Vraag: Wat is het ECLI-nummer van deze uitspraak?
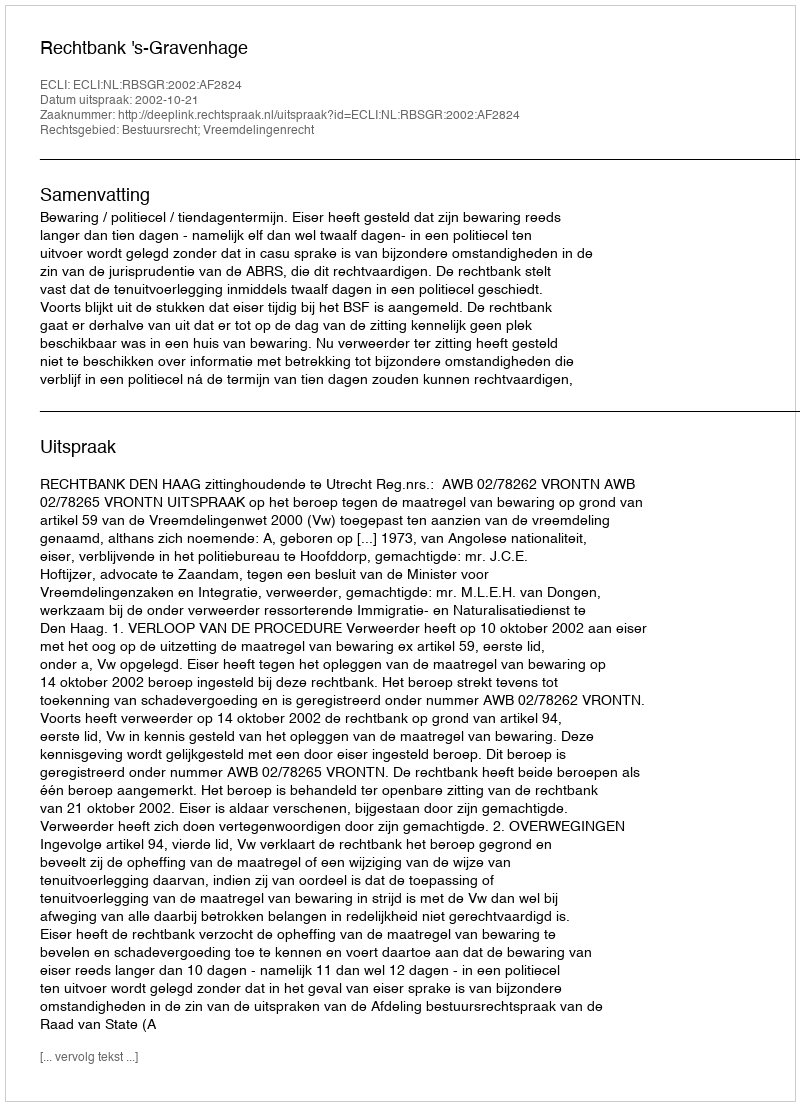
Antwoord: ECLI:NL:RBSGR:2002:AF2824